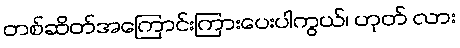
တစ်ဆိတ်အကြောင်းကြားပေးပါကွယ်၊ ဟုတ် လား